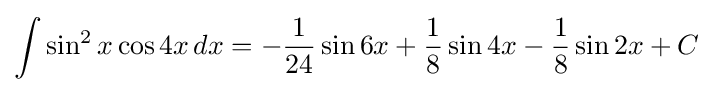
\int \sin ^{2}x\cos 4x\,dx=-{\frac {1}{24}}\sin 6x+{\frac {1}{8}}\sin 4x-{\frac {1}{8}}\sin 2x+C